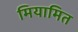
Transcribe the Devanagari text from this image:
मियामित